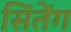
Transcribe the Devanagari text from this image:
सिंतेंग